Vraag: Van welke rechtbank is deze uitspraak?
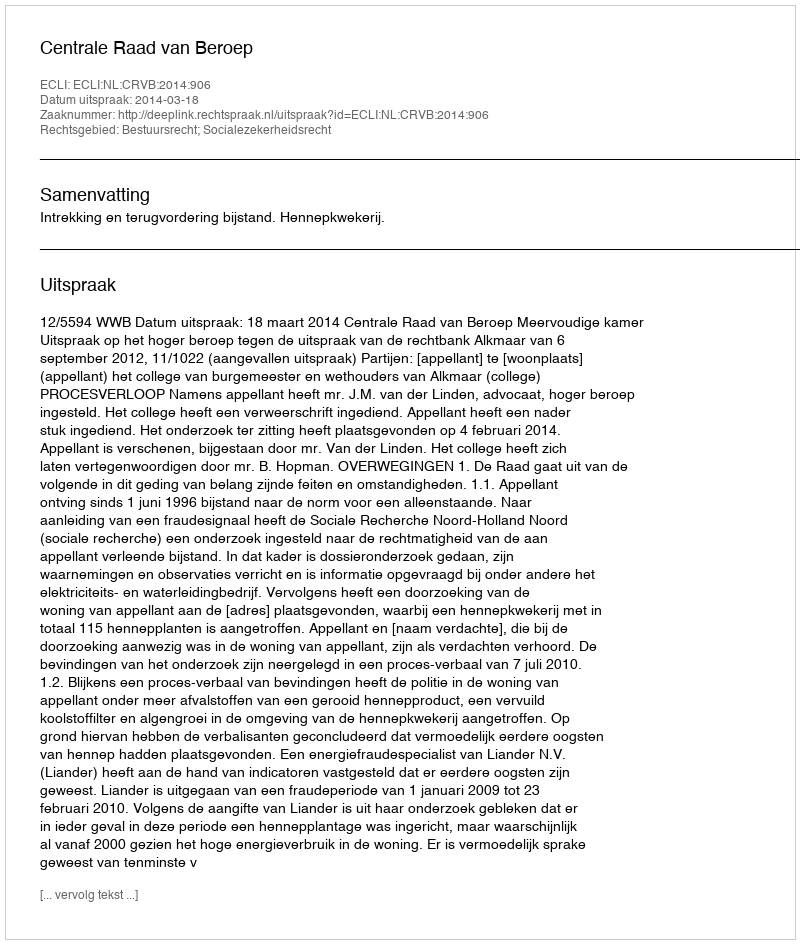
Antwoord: Centrale Raad van Beroep